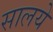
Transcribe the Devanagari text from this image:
सालये